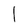
Character: l